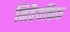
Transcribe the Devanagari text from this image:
निवैयक्तिक